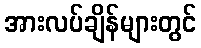
အားလပ်ချိန်များတွင်